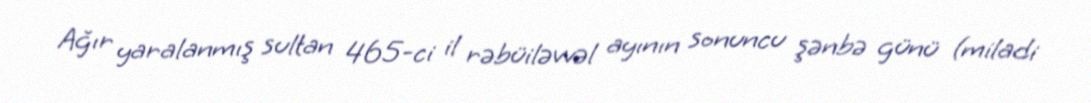
Ağır yaralanmış sultan 465-ci il rəbüiləvvəl ayının sonuncu şənbə günü (miladi